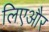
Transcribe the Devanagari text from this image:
लिएऔर